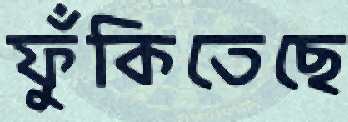
ফুঁকিতেছে